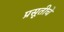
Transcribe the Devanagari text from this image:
प्रसूतीचे